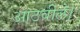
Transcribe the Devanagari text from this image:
आठवीले।